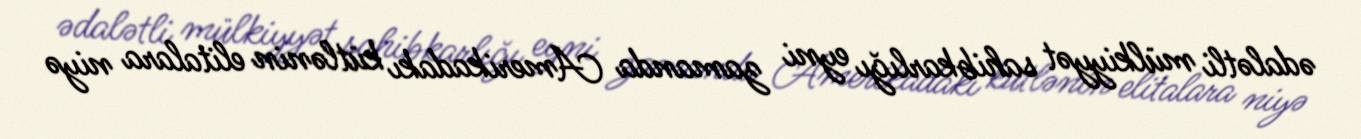
ədalətli mülkiyyət sahibkarlığı eyni zamanda Amerikadakı kütlənin elitalara niyə